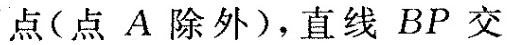
点(点A除外)，直线BP交